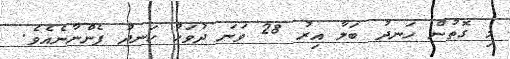
މި ގޮތުން ހަނދު ބަލާ އިރު 28 ވަނަ ދުވަހު ހަނދު ފެންނާނެއެވެ.